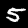
Digit: 5